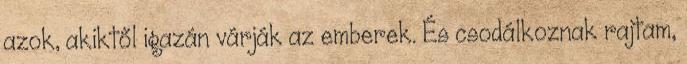
azok, akiktől igazán várják az emberek. És csodálkoznak rajtam,